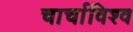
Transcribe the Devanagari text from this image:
चार्चाविश्व